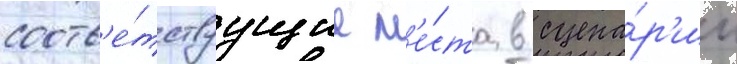
соотв'е́тствуущие м'е́ста в сцена́р'ии